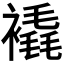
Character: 𲁄